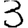
Digit: 3